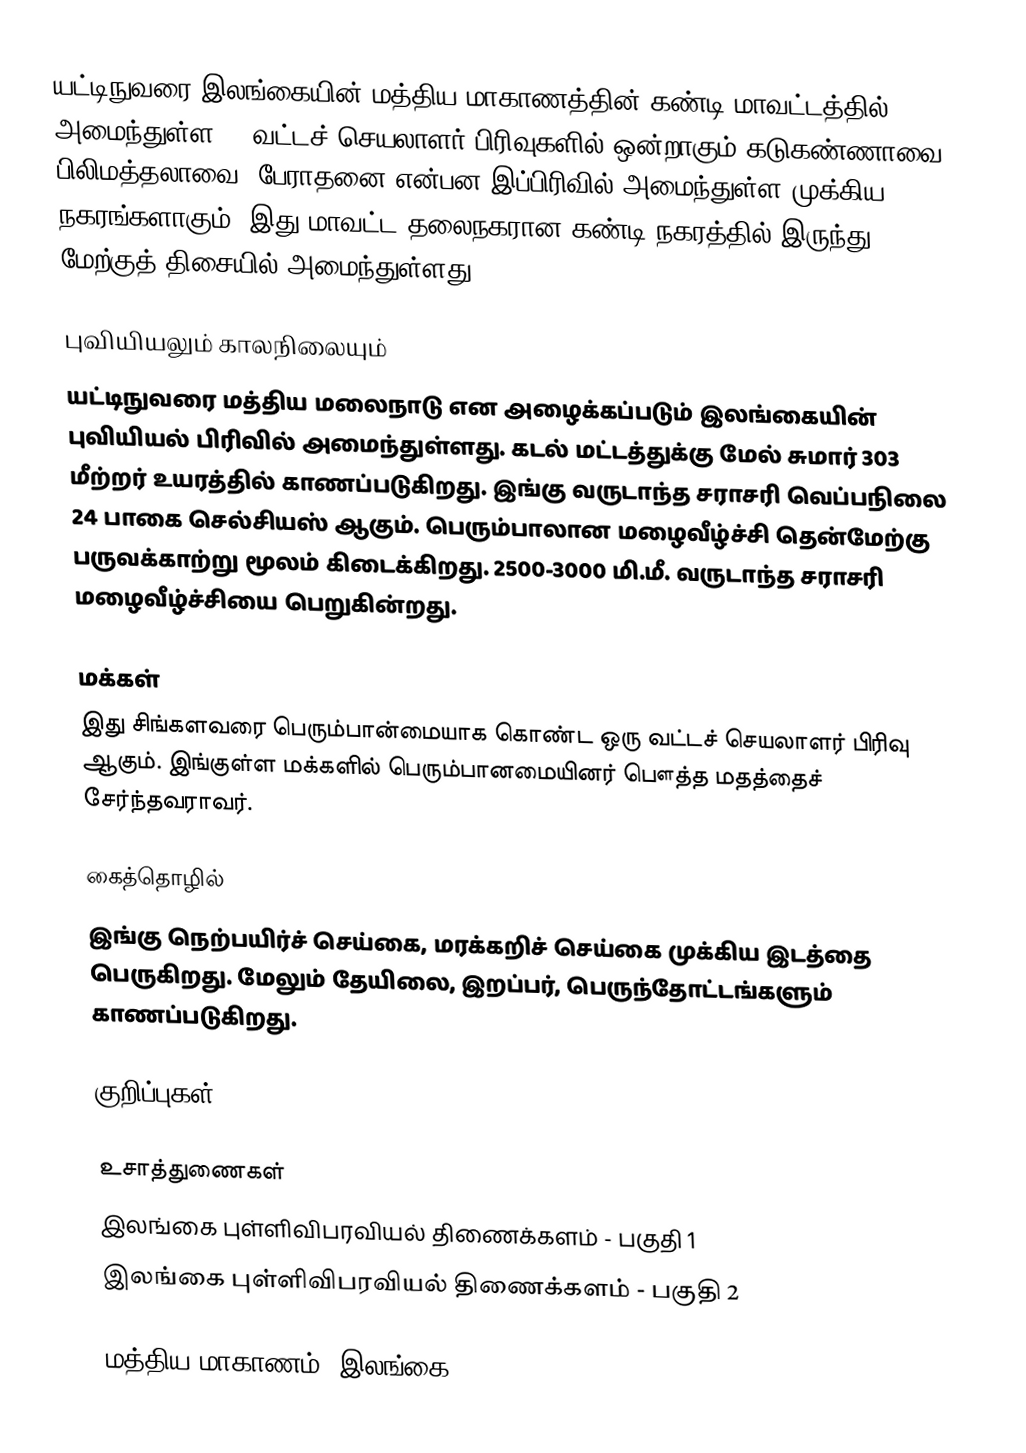
யட்டிநுவரை இலங்கையின் மத்திய மாகாணத்தின் கண்டி மாவட்டத்தில் அமைந்துள்ள 20 வட்டச் செயலாளர் பிரிவுகளில் ஒன்றாகும்.கடுகண்ணாவை பிலிமத்தலாவை, பேராதனை என்பன இப்பிரிவில் அமைந்துள்ள முக்கிய நகரங்களாகும். இது மாவட்ட தலைநகரான கண்டி நகரத்தில் இருந்து  மேற்குத் திசையில்  அமைந்துள்ளது.

புவியியலும் காலநிலையும்
யட்டிநுவரை  மத்திய மலைநாடு என அழைக்கப்படும்  இலங்கையின் புவியியல் பிரிவில் அமைந்துள்ளது. கடல் மட்டத்துக்கு மேல் சுமார் 303 மீற்றர்  உயரத்தில் காணப்படுகிறது. இங்கு வருடாந்த சராசரி வெப்பநிலை 24 பாகை செல்சியஸ் ஆகும். பெரும்பாலான மழைவீழ்ச்சி தென்மேற்கு பருவக்காற்று மூலம் கிடைக்கிறது. 2500-3000 மி.மீ. வருடாந்த சராசரி மழைவீழ்ச்சியை பெறுகின்றது.

மக்கள்
இது சிங்களவரை பெரும்பான்மையாக கொண்ட ஒரு வட்டச் செயலாளர் பிரிவு ஆகும். இங்குள்ள மக்களில் பெரும்பானமையினர் பௌத்த மதத்தைச் சேர்ந்தவராவர்.

கைத்தொழில்
இங்கு நெற்பயிர்ச் செய்கை, மரக்கறிச் செய்கை முக்கிய இடத்தை பெருகிறது. மேலும் தேயிலை, இறப்பர், பெருந்தோட்டங்களும் காணப்படுகிறது.

குறிப்புகள்

உசாத்துணைகள்
 இலங்கை புள்ளிவிபரவியல் திணைக்களம் - பகுதி 1
 இலங்கை புள்ளிவிபரவியல் திணைக்களம் - பகுதி 2

மத்திய மாகாணம், இலங்கை